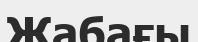
Жабағы